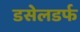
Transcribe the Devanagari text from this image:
डसेलडर्फ